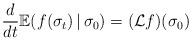
LaTeX: \begin{align*}\frac{d}{dt}\mathbb{E}(f(\sigma_{t})\,|\,\sigma_{0})=(\mathcal{L}f)(\sigma_{0})\end{align*}